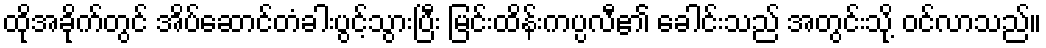
ထိုအခိုက်တွင် အိပ်ဆောင်တံခါးပွင့်သွားပြီး မြင်းထိန်းကပ္ပလီ၏ ခေါင်းသည် အတွင်းသို့ ဝင်လာသည်။